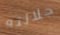
جلالته